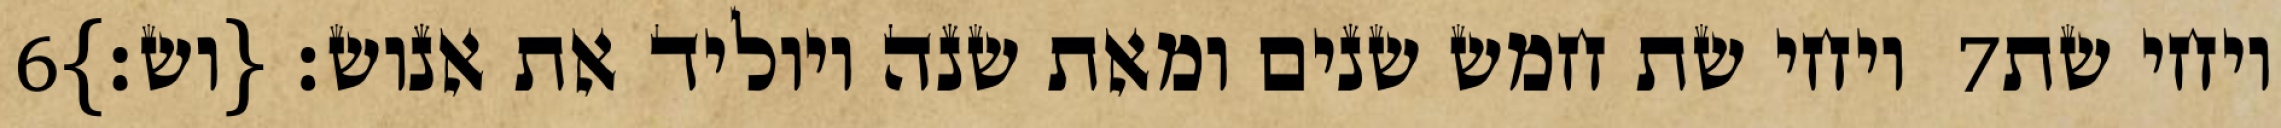
‎6‏ ויחי שת חמש שנים ומאת שנה ויוליד את אנוש׃ {וש׃} ‎7‏ ויחי שת